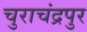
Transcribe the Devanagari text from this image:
चुराचंद्रपुर